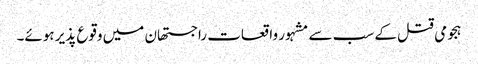
ہجومی قتل کے سب سے مشہور واقعات راجستھان میں وقوع پذیر ہوئے۔